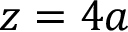
z = 4 a